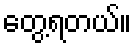
တွေ့ရတယ်။